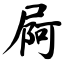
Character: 屙